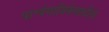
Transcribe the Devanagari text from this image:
पार्श्वगायिकेसाठीचे